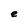
Character: e